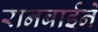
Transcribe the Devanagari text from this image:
रानबाईने